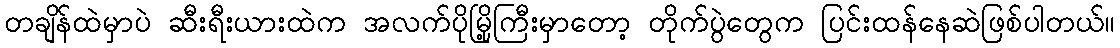
တချိန်ထဲမှာပဲ ဆီးရီးယားထဲက အလက်ပိုမြို့ကြီးမှာတော့ တိုက်ပွဲတွေက ပြင်းထန်နေဆဲဖြစ်ပါတယ်။